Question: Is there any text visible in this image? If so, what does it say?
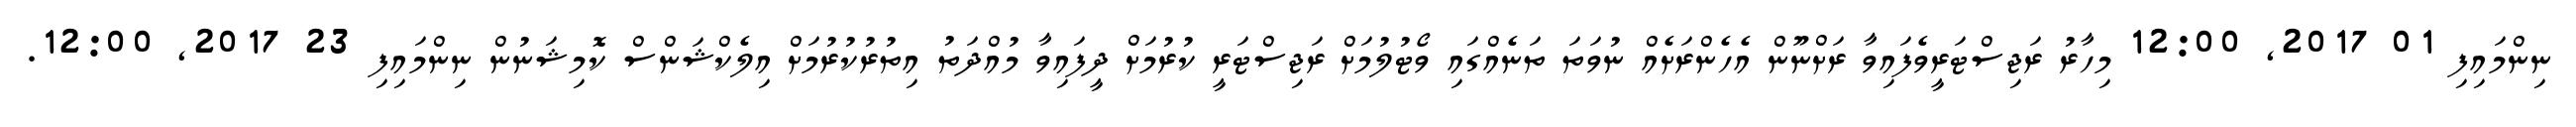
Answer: ނިންމައިފި 01 2017, 12:00 މިހާރު ރަޖިސްޓަރީވެފައިވާ ރަށްނޫން އެހެންރަށެއް ނުވަތަ ތަނެއްގައި ވޯޓުލުމަށް ރަޖިސްޓަރީ ކުރުމަށް ދީފައިވާ މުއްދަތު އިތުރުކުރުމަށް އިލެކްޝަންސް ކޮމިޝަނުން ނިންމައިފި 23 2017, 12:00.